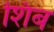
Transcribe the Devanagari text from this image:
शिब